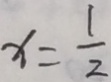
x = \frac { 1 } { 2 }